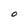
Character: O